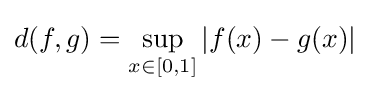
d(f,g)=\sup _{x\in [0,1]}|f(x)-g(x)|